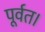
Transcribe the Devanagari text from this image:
पूर्वत।